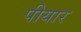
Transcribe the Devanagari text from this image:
पीयार